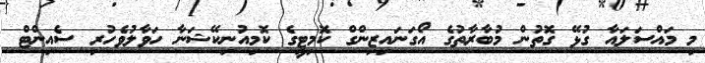
މި މައްސަލައާ ގުޅޭ ގޮތުން މުބާރާތުގެ އޯގަނައިޒިންގް ކޮމިޓީގެ ކޮމިއުނިކޭޝަނާ ހަވާލުވެހުރި ސެއިންޓް